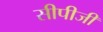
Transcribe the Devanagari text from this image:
सीपीजी